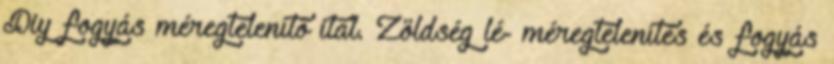
Diy fogyás méregtelenítő ital. Zöldség lé- méregtelenítés és fogyás